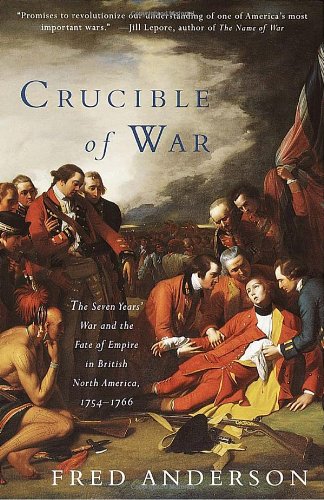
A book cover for Crucible of War: The Seven Years' War and the Fate of Empire in British North America, 1754-1766; Fred Anderson; History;